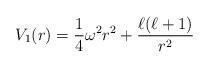
LaTeX: \begin{align*}V_1(r)=\frac{1}{4}\omega^2r^2+\frac{\ell(\ell+1)}{r^2}\end{align*}